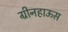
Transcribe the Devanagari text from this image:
ग्रीनहाऊस